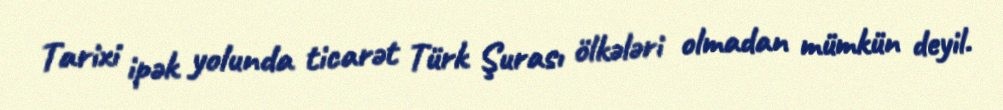
Tarixi ipək yolunda ticarət Türk Şurası ölkələri olmadan mümkün deyil.